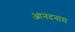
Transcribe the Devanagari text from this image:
आनंदनाम